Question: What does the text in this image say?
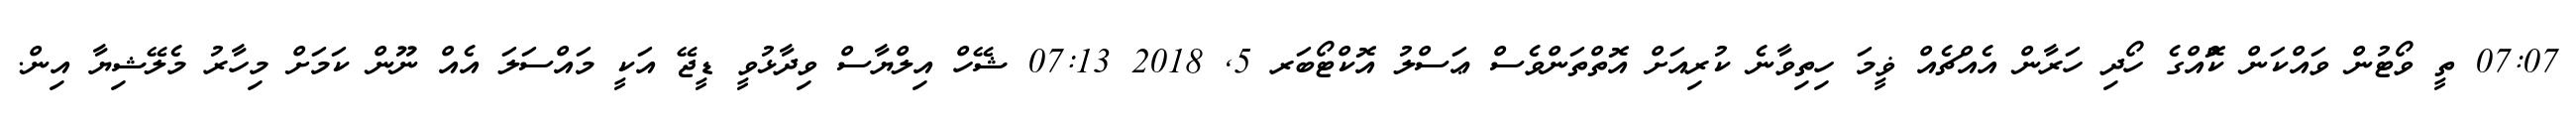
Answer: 07:07 ތީ ވޯޓުން ވައްކަން ކޮްއްގެ ހޯދި ހަރާން އެއްޗެއް ޥީމަ ހިތިވާނެ ކުރިއަށް އޮތްތަންވެސް ޢަސްލު އޮކްޓޯބަރ 5, 2018 07:13 ޝޭހް އިލްޔާސް ވިދާޅުވީ ޑީޖޭ އަކީ މައްސަލަ އެއް ނޫން ކަމަށް މިހާރު މެލޭޝިޔާ އިން.